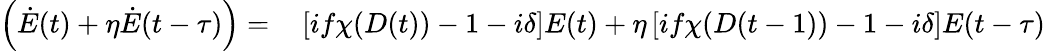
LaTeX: \begin{array}{rl}{\left(\dot{E}(t)+\eta\dot{E}(t-\tau)\right)=}&{{}\left[if\chi(D(t))-1-i\delta\right]E(t)+\eta\left[if\chi(D(t-1))-1-i\delta\right]E(t-\tau)}\end{array}